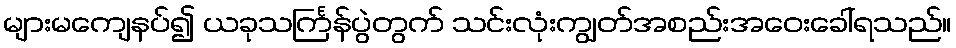
များမကျေနပ်၍ ယခုသင်္ကြန်ပွဲတွက် သင်းလုံးကျွတ်အစည်းအဝေးခေါ်ရသည်။